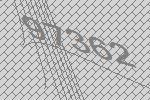
97362